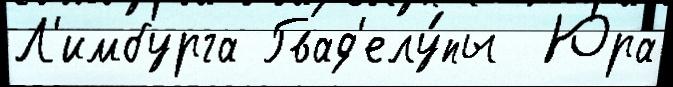
Л'имбурга Гвад'елу́пы  Юра